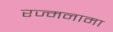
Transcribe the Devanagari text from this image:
रज्मनामा